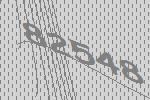
82548